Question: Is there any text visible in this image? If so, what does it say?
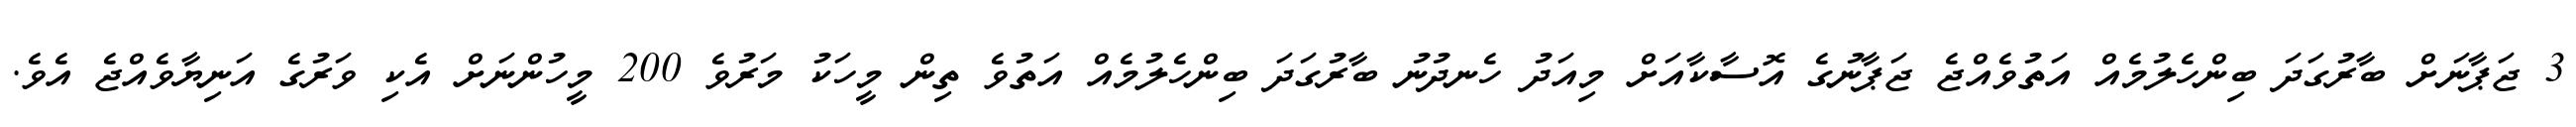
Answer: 3 ޖަޕާނަށް ބާރުގަދަ ބިންހެލުމެއް އަތުވެއްޖެ ޖަޕާނުގެ އޮސާކާއަށް މިއަދު ހެނދުނު ބާރުގަދަ ބިންހެލުމެއް އަތުވެ ތިން މީހަކު މަރުވެ 200 މީހުންނަށް އެކި ވަރުގެ އަނިޔާވެއްޖެ އެވެ.